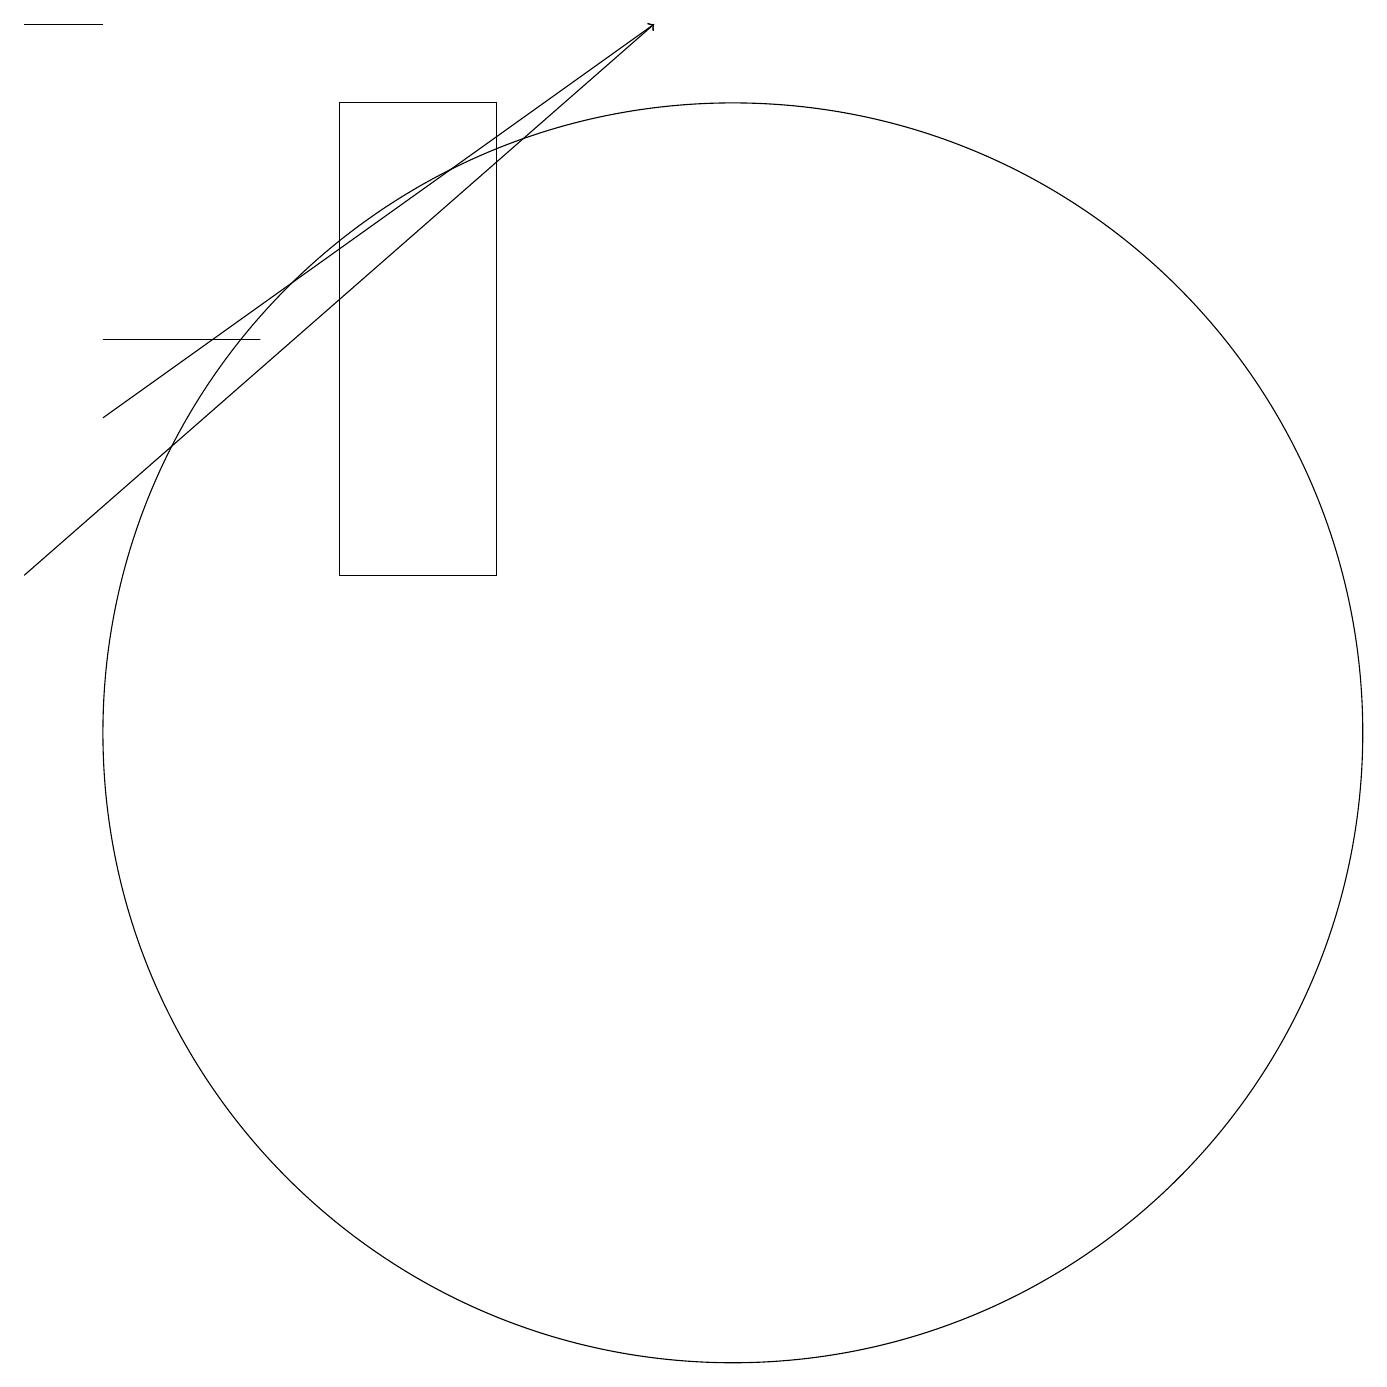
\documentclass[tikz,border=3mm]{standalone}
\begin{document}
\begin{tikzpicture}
\draw (1,19) rectangle (2,19);
\draw[->] (2,14) -- (9,19);
\draw (10,10) circle (8);
\draw (5,18) rectangle (7,12);
\draw (4,15) rectangle (2,15);
\draw[->] (1,12) -- (9,19);
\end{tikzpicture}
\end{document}